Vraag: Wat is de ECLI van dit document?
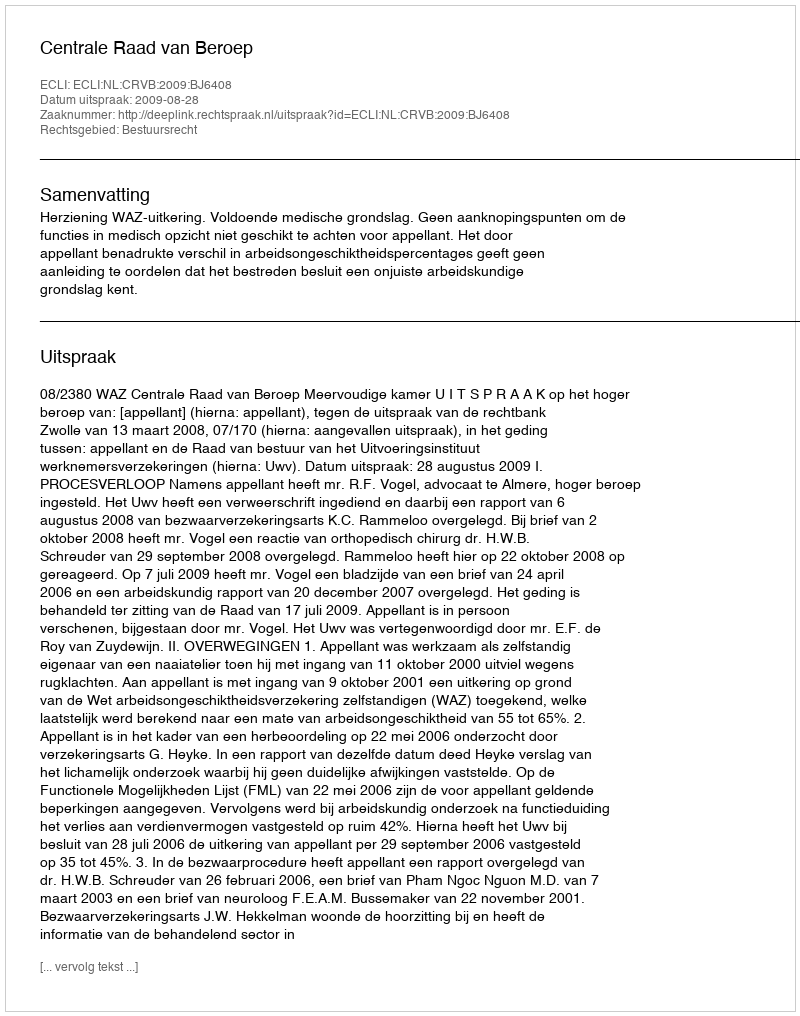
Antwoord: ECLI:NL:CRVB:2009:BJ6408